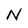
Character: N